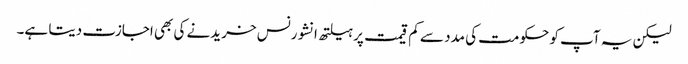
لیکن یہ آپ کو حکومت کی مدد سے کم قیمت پر ہیلتھ انشورنس خریدنے کی بھی اجازت دیتا ہے۔